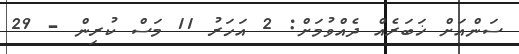
ސަންއަށް ޚަބަރެއް ދެއްވުމަށް: 2 އަހަރު 11 މަސް ކުރިން - 29